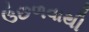
ઉછળવાથી